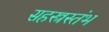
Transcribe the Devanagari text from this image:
सहस्त्रस्तंभ